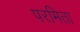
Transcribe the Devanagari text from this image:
परमिता